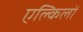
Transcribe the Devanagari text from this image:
एल्किलों